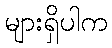
များရှိပါက